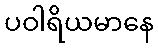
ပဝါရိယမာနေ